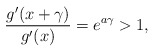
\begin{align*} \frac{g'(x+\gamma)}{g'(x)} = e^{a\gamma} > 1,\end{align*}